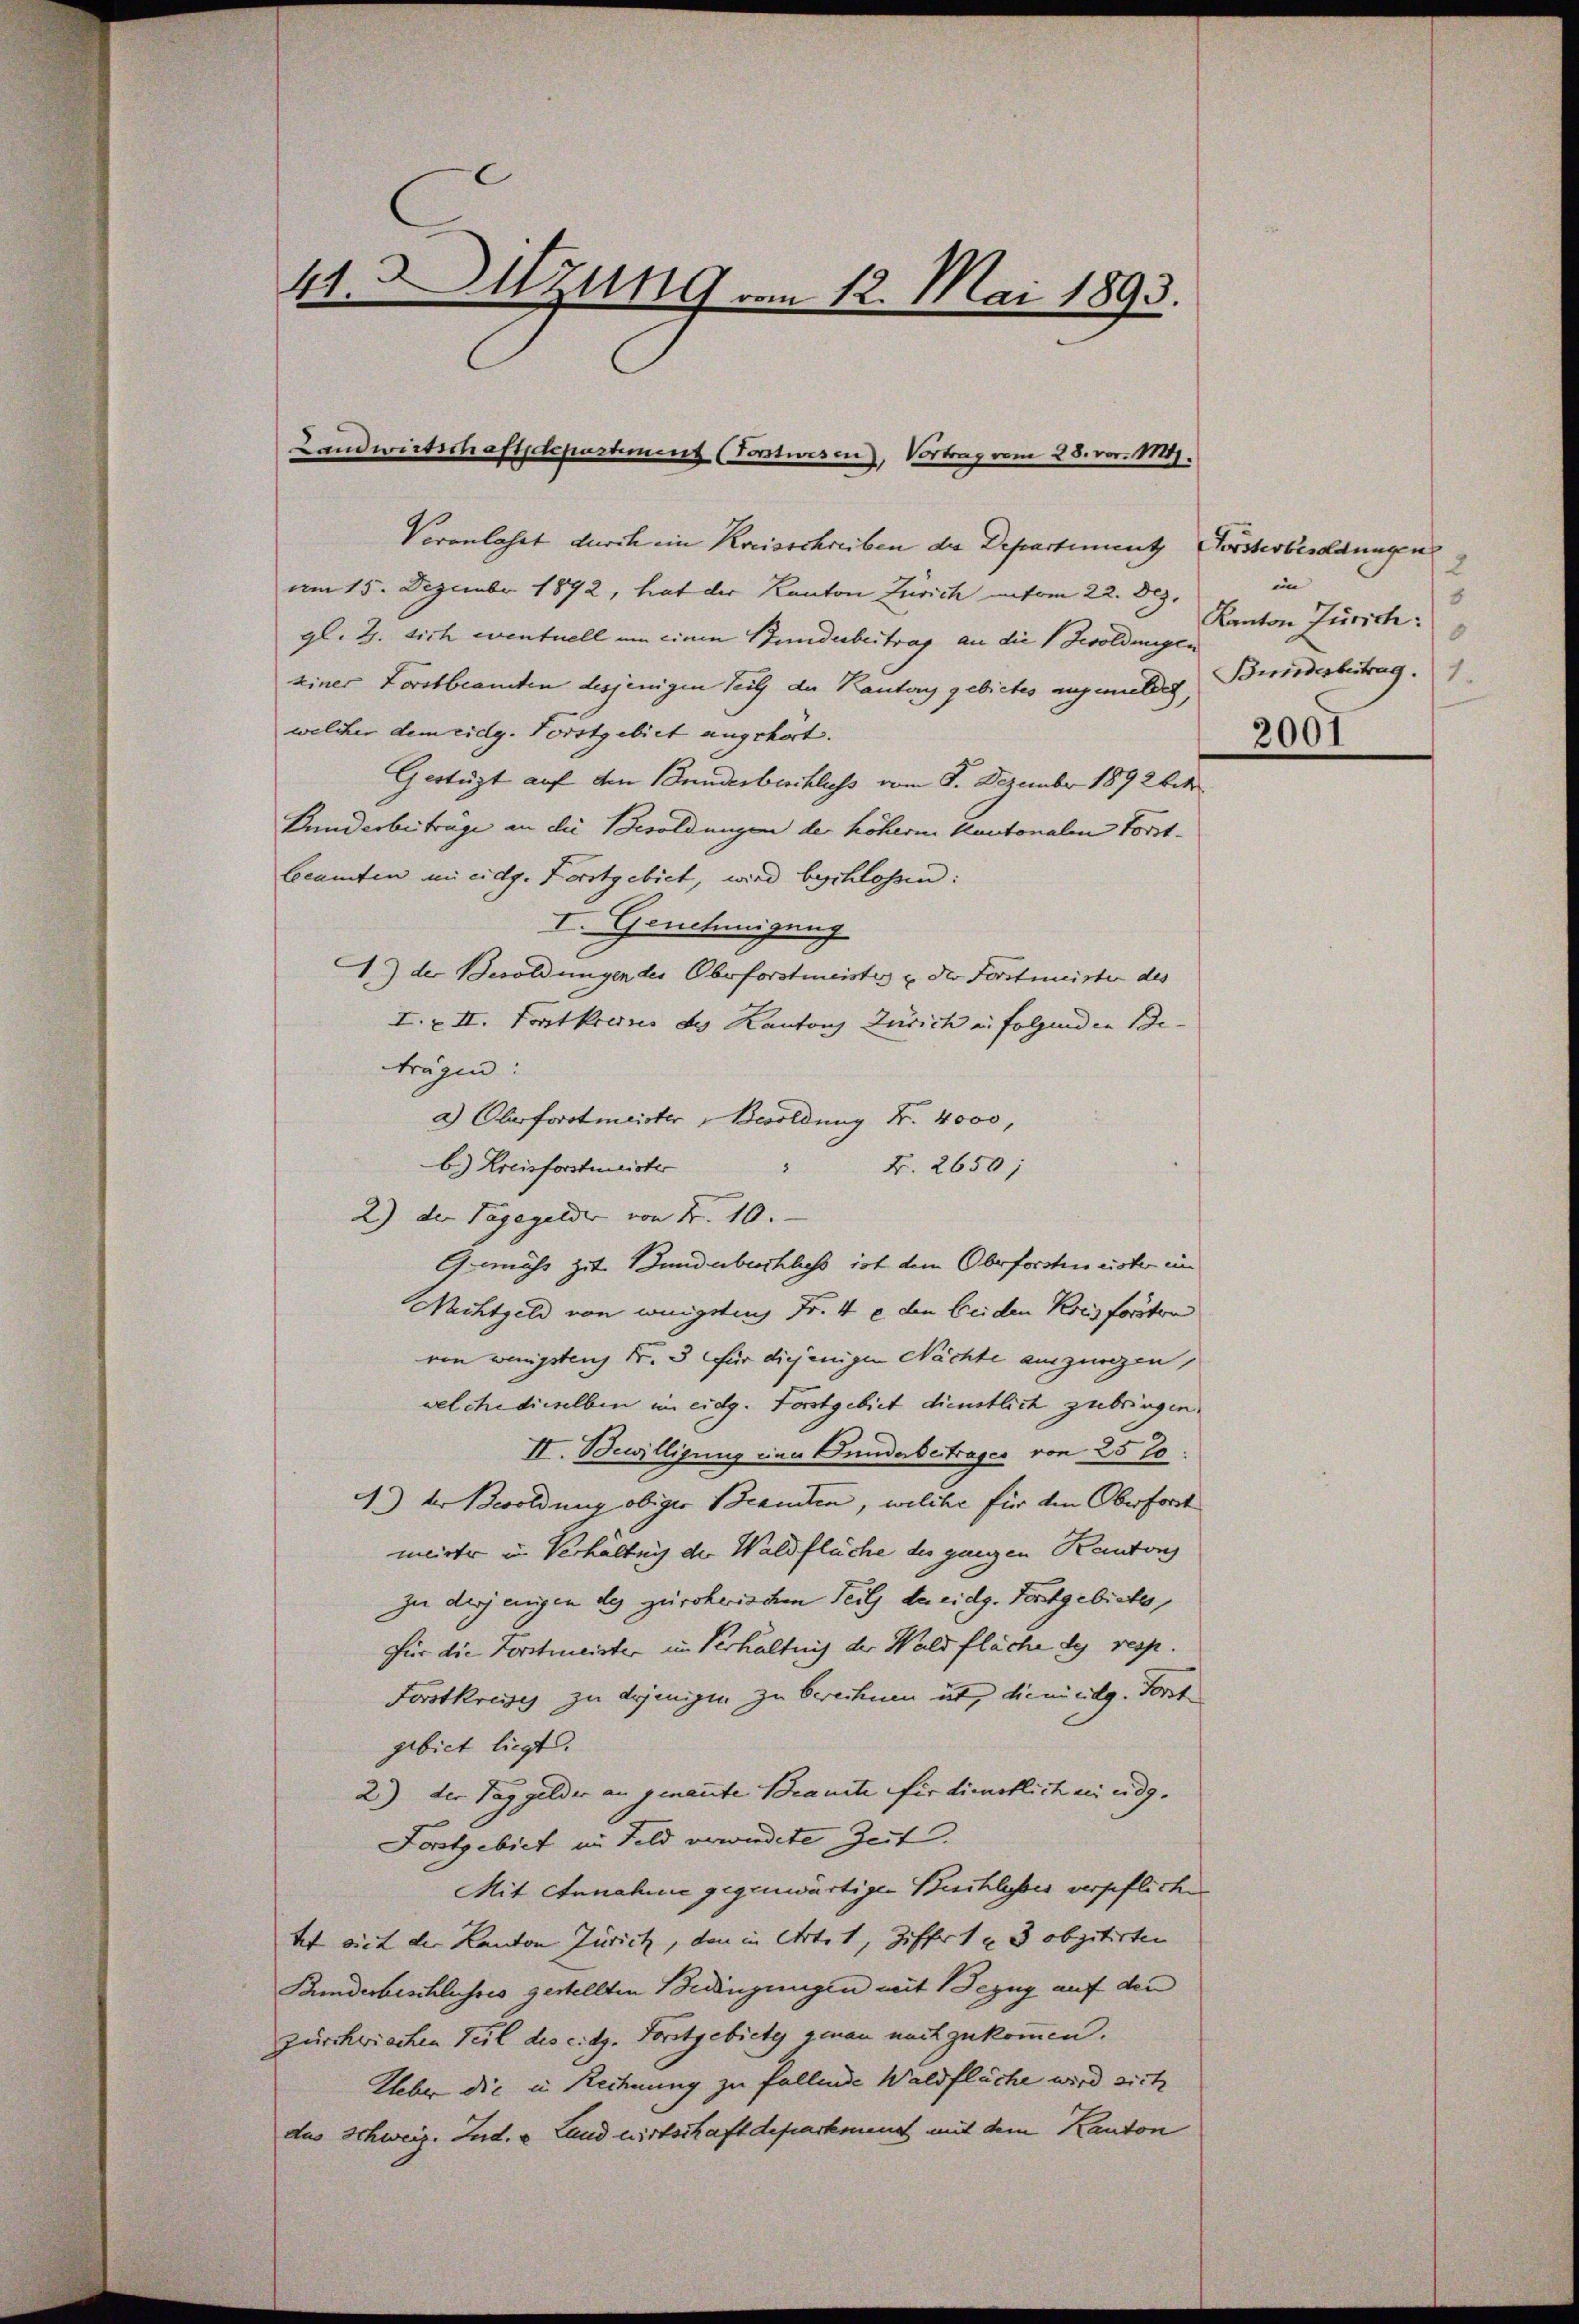
41. Sitzung am 12. Mai 1893.

Landwirtschaftsdepartement (Torstwesen), Vortrag vom 28. vor. 1814.

Veranlasst durch ein Kreisschreiben der Departiment Vorsterbesoldungen
am 15. Dezember 1892, hat der Kanton Zürich unterm 22. Dez.
gl. G. sich eventuell um einen Bunderbeitrag an die Besoldungen
einer Forstbeamten desjenigen Teil der Kanton gebietes angemeldet, Beiderbeitrag.
welcher dem eidg. Vorstgebiet angehört.
Gestüzt auf den Bundesbeschluss vom 8. Dezember 1892 bis
Bunderbeträge an die Besoldungen der höhern Kantonalen Forst-
Beamten an eidg. Forstgebiet, wird beschlossen:
I. Genehmigung
A.) der Besoldungen des Oberforstmeistes u. der Forstmeister des
I. & II. Fortkreises des Kantons Zürich in folgenden Be- |
trügen:
a.) Oberforstmeister Besoldung Nr. 4000,
b.) Kreisforstmeister
2
Fr. 2650;
2) der Taggelder von Fr. 10.
Gemäss zit undbuchhass ist dem Oberforsten eister un
Nachtgeld von wenigsten Fr. 4 e den beiden Kreisforsten
von wenigsten Fr. 3 für diejenigen Nächte auszungen,
welche dieselben im eidg. Forstgebiet dienstlich zubringen.
II. Bewilligung eine Gunderbertrages von 25 70.
.) der Besoldung obiger Beamten, welche für den Oberfort
meister in Verhaltung der Waldflüche des ganzen Kantons
zu derjenigen des zürcherischen Teil da eidg. Vorstgebiete,
Für die Forstmeister im Verhältnis der Waldfläche des resp.
Forstkreise zu derjeniger zu berechnen ist, die nickg. Forst
gebiet liegt.
2.) der Tag gelder an genannte Brannte für dienstlich an eidg.
Forstgebiet im Feld verwindete Zeit.
Mit Annahme gegenwärtigen Buchlusses verpfliche
tt mit der Kanton Zürich, den in Art. 1, Ziffer 1 u 3 obzitirten
Bunderbeschlusses gestellten Bedingungen mit Bezug auf den
Zurchwiechen Teil des citz. Forstgebiety genau nachzukommen.
Ueber die in Rechnung zu fallende Waldfläche wird sich
das Schweiz. Lud. v. Land wirtschaft departemend mit dem Kanton

2
im
8
Kanton Zürich:
8
.
2001